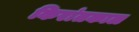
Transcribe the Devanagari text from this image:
किरांतकाल